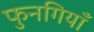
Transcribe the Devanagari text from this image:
फुनगियाँ